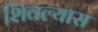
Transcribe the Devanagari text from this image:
शिवल्यास